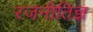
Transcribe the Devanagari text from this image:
रजनीतिज्ञ